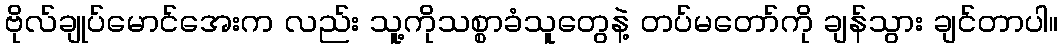
ဗိုလ်ချုပ်မောင်အေးက လည်း သူ့ကိုသစ္စာခံသူတွေနဲ့ တပ်မတော်ကို ချန်သွား ချင်တာပါ။